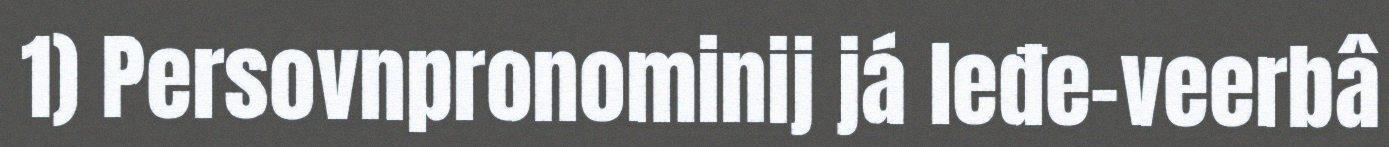
1) Persovnpronominij já leđe-veerbâ